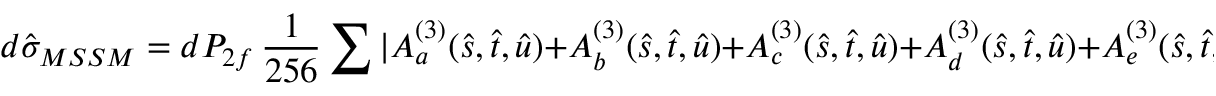
d { \hat { \sigma } _ { M S S M } } = d P _ { 2 f } \, \frac { 1 } { 2 5 6 } \sum | A _ { a } ^ { ( 3 ) } ( \hat { s } , \hat { t } , \hat { u } ) + A _ { b } ^ { ( 3 ) } ( \hat { s } , \hat { t } , \hat { u } ) + A _ { c } ^ { ( 3 ) } ( \hat { s } , \hat { t } , \hat { u } ) + A _ { d } ^ { ( 3 ) } ( \hat { s } , \hat { t } , \hat { u } ) + A _ { e } ^ { ( 3 ) } ( \hat { s } , \hat { t } , \hat { u } ) | ^ { 2 } \; ,